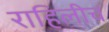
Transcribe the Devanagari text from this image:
राहिलीच